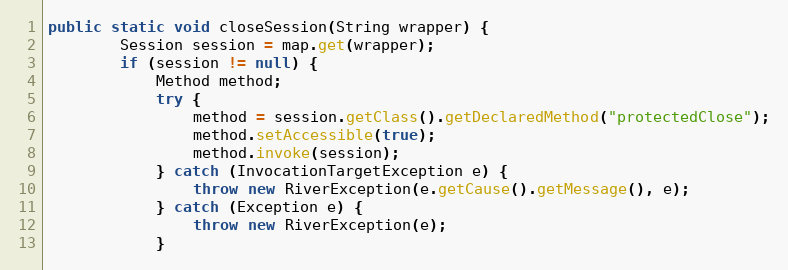
Language: Java
public static void closeSession(String wrapper) {
		Session session = map.get(wrapper);
		if (session != null) {
			Method method;
			try {
				method = session.getClass().getDeclaredMethod("protectedClose");
				method.setAccessible(true);
				method.invoke(session);
			} catch (InvocationTargetException e) {
				throw new RiverException(e.getCause().getMessage(), e);
			} catch (Exception e) {
				throw new RiverException(e);
			}